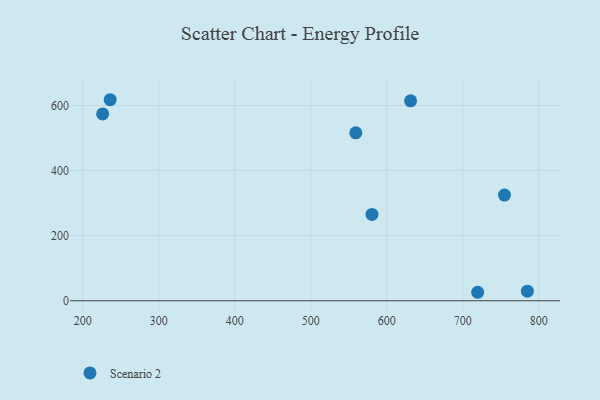
{"axis": {"x": "Price", "y": "Yield"}, "legend": ["Scenario 2"], "data": [{"x": "559.2", "y": 515.9, "type": "Scenario 2"}, {"x": "226.2", "y": 574.1, "type": "Scenario 2"}, {"x": "719.5", "y": 26.0, "type": "Scenario 2"}, {"x": "580.5", "y": 265.1, "type": "Scenario 2"}, {"x": "631.3", "y": 614.3, "type": "Scenario 2"}, {"x": "236.1", "y": 617.6, "type": "Scenario 2"}, {"x": "784.9", "y": 29.3, "type": "Scenario 2"}, {"x": "754.8", "y": 324.6, "type": "Scenario 2"}]}